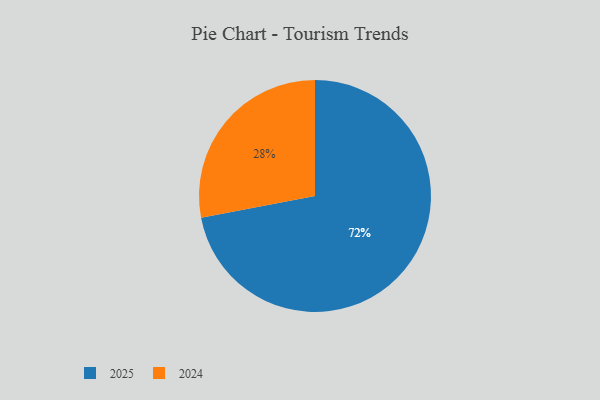
{"axis": {"x": "Category", "y": "Percentage"}, "legend": ["2024", "2025"], "data": [{"x": "2025", "y": 72, "type": "2025"}, {"x": "2024", "y": 28, "type": "2024"}]}